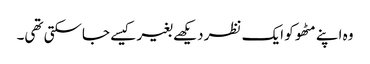
وہ اپنے مٹھو کو ایک نظر دیکھے بغیر کیسے جاسکتی تھی۔